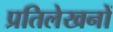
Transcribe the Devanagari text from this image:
प्रतिलेखनों